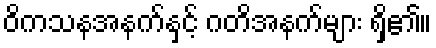
ဝိကသနအနက်နှင့် ဂတိအနက်များ ရှိ၏။